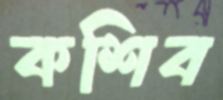
কশিব